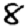
Digit: 8